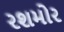
રશમોર